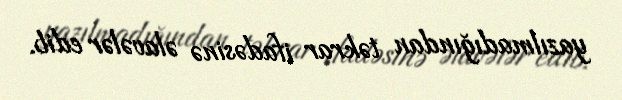
yazılmadığından təkrar ifadəsinə əlavələr edib.